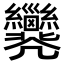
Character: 𢀐